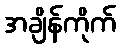
အချိန်ကိုက်